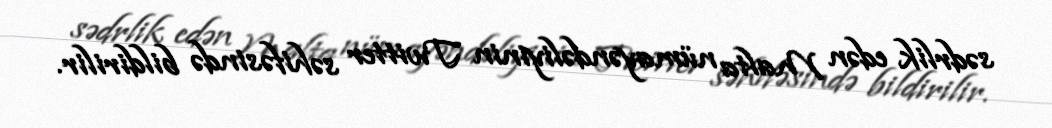
sədrlik edən Malta nümayəndəliyinin Twitter səhifəsində bildirilir.